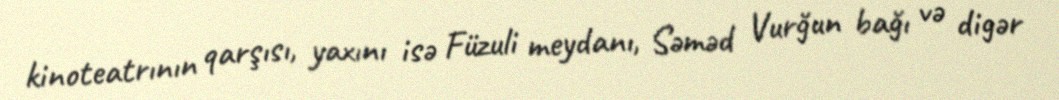
kinoteatrının qarşısı, yaxını isə Füzuli meydanı, Səməd Vurğun bağı və digər